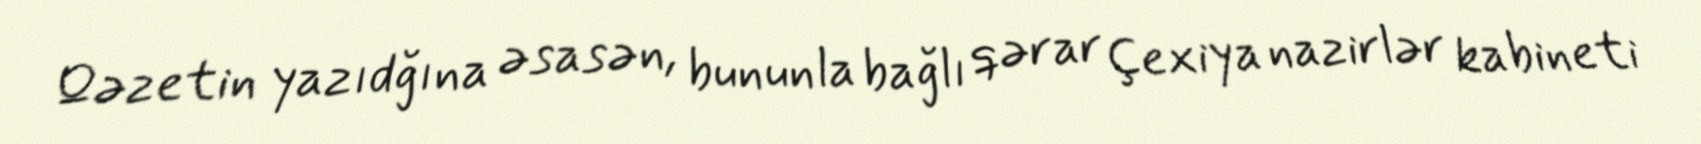
Qəzetin yazıdğına əsasən, bununla bağlı qərar Çexiya nazirlər kabineti